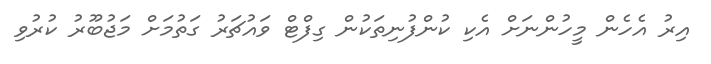
އިރު އެހެން މީހުންނަށް އެކި ކުންފުނިތަކުން ގިފްޓް ވައުޗަރު ގަތުމަށް މަޖުބޫރު ކުރުވި